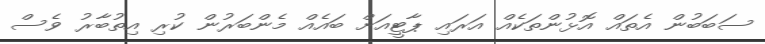
ސަބަބުން އެތައް އޮޅުންތަކެއް އަރައި ޕާޓީއަށް ބައެއް މެންބަރުން ކުރި އިތުބާރު ވެސް